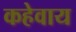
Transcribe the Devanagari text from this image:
कहेवाय